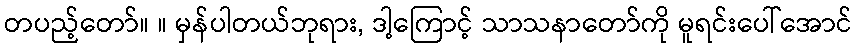
တပည့်တော်။ ။ မှန်ပါတယ်ဘုရား, ဒါ့ကြောင့် သာသနာတော်ကို မူရင်းပေါ်အောင်